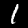
Label: 1